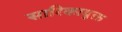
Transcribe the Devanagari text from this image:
सारिकायुक्त